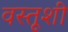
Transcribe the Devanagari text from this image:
वस्तूशी